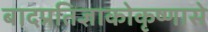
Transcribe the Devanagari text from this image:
बादप्रतिज्ञाकोकृष्णासे